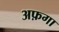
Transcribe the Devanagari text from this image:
अफ़गा